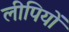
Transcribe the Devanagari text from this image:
लीपियों